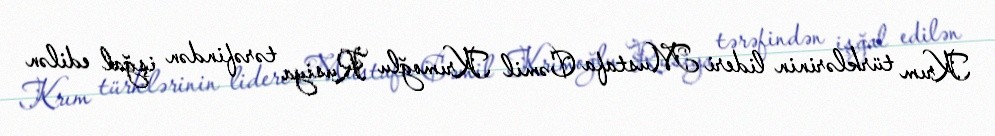
Krım türklərinin lideri Mustafa Cəmil Krımoğlu Rusiya tərəfindən işğal edilən